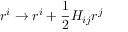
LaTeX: r ^ { i } \rightarrow r ^ { i } + { \frac { 1 } { 2 } } H _ { i j } r ^ { j }